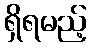
ရှိရမည့်